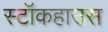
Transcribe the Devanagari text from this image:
स्टॉकहाउस